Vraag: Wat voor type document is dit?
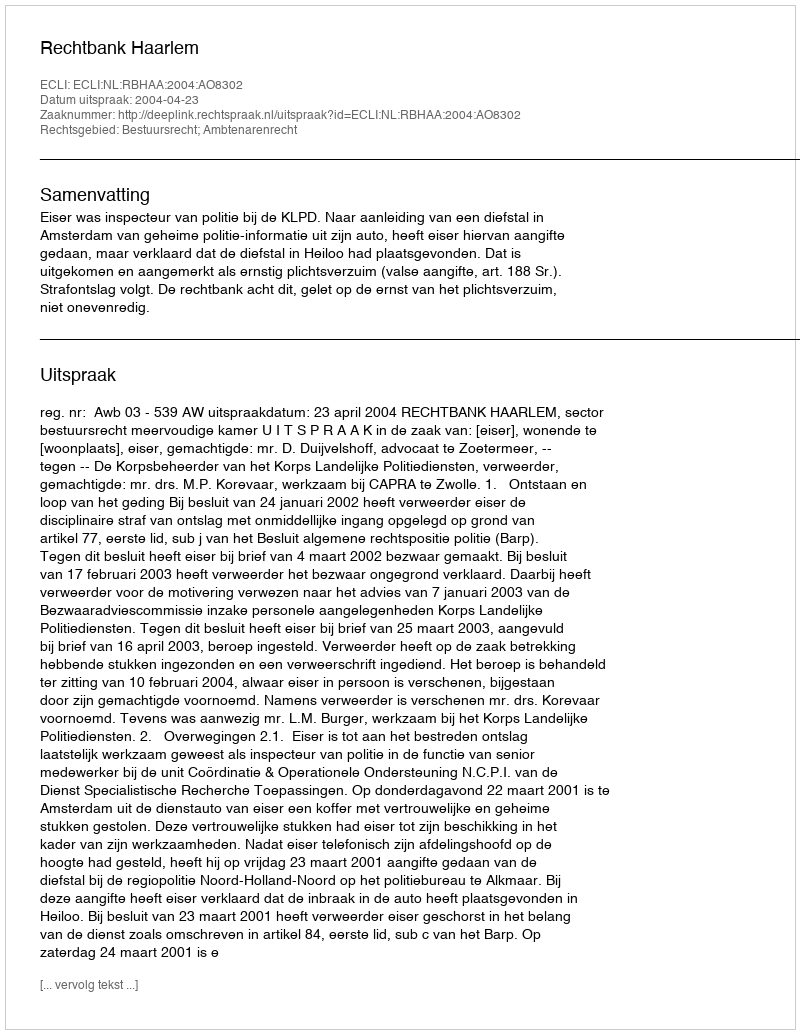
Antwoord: Uitspraak